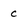
Character: C